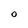
Character: O